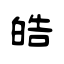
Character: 皓